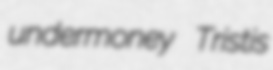
undermoney Tristis